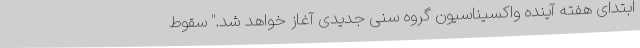
ابتدای هفته آینده واکسیناسیون گروه سنی جدیدی آغاز خواهد شد." سقوط